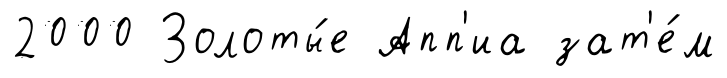
2000 Золоты́е Апп'иа зат'е́м